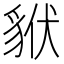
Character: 𧳂